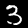
Label: 3